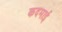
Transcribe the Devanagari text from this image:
कदमाई